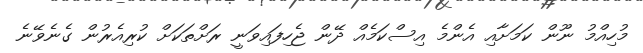
މުހިއްމު ނޫން ކަމަށާއި އެންމެ އިސްކަމެއް ދޭން ޖެހިފައިވަނީ ރަށްތަކަށް ކުރިއެރުން ގެނެވޭނެ